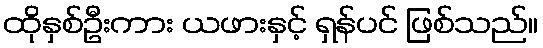
ထိုနှစ်ဦးကား ယဖားနှင့် ရှန်ပင် ဖြစ်သည်။